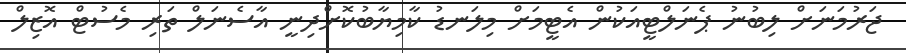
ޖަރުމަނަށް ލިބުނު ޕެނަލްޓީއަކުން އެޓީމަށް މިލަނޑު ކާމިޔާބުކޮށްދިނީ އާސެނަލް ތަރި މެސުޓް އޮޒިލް